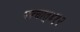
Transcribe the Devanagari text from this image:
पश्‍चात्‌४१२